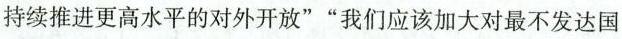
持续推进更高水平的对外开放””我们应该加大对最不发达国家